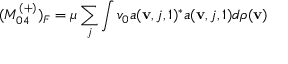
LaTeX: ( M _ { 0 4 } ^ { ( + ) } ) _ { F } = \mu \sum _ { j } \int v _ { 0 } a ( { \bf v } , j , 1 ) ^ { * } a ( { \bf v } , j , 1 ) d \rho ( { \bf v } )